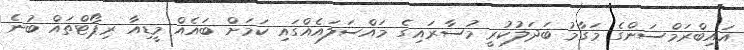
އައިބްރަމްސަންގެ މަގާމު ބަދަލުކުރީ މުސާރައިގެ މައްސަލައެއްގައި ކަމަށް ބައެއް މީޑިއާ ރިޕޯޓްތައް ބުނެ